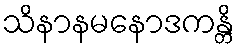
သိနာနမနောဒကန္တိ